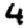
Digit: 4